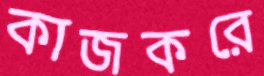
কাজকরে